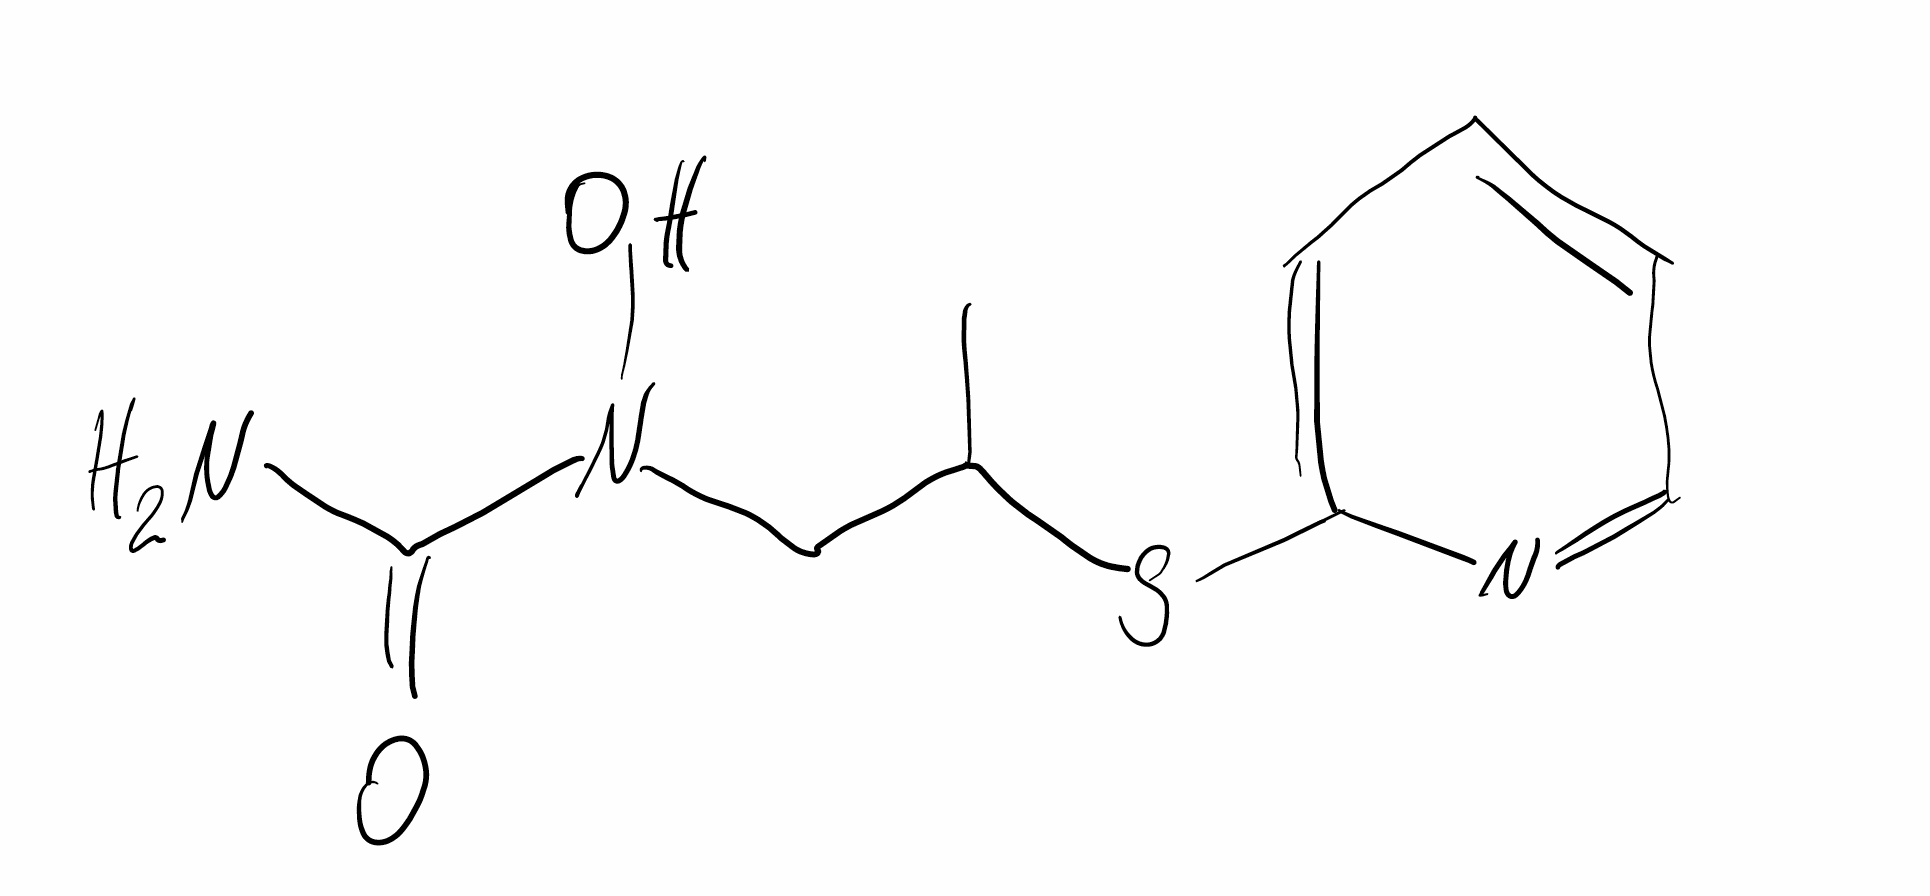
Simplified molecular-input line-entry system (SMILES) notation of the given molecule:
CC(CN(C(=O)N)O)SC1=CC=CC=N1